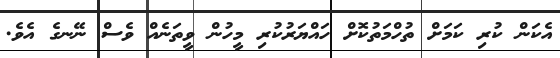
އެކަން ކުރި ކަމަށް ތުހްމަތުކޮށް ހައްޔަރުކުރި މީހުން ވީތަނެއް ވެސް ނޭނގެ އެވެ.